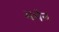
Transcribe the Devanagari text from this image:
मथेन